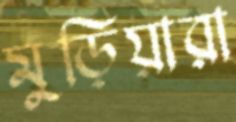
মুড়িয়ারা